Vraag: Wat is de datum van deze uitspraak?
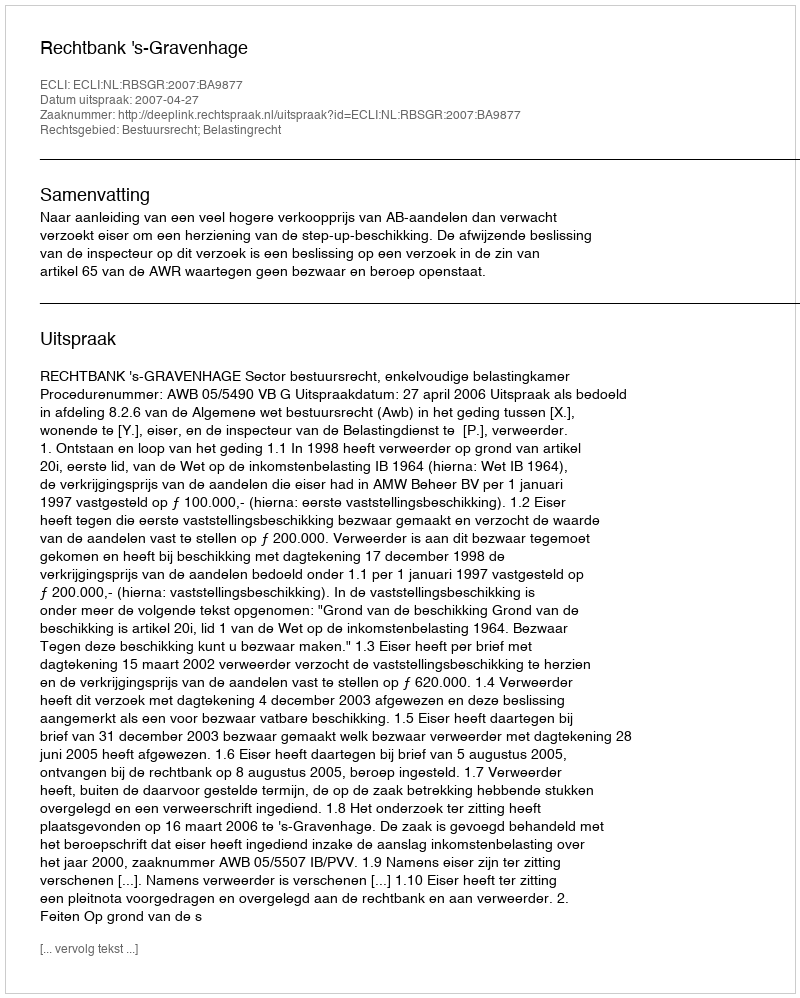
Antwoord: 2007-04-27